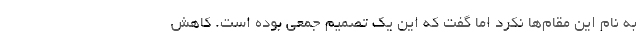
به نام این مقام‌ها نکرد اما گفت که این یک تصمیم جمعی بوده است. کاهش